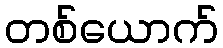
တစ်ယောက်